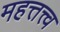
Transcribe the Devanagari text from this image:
महत्तत्त्व